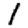
Digit: 1